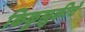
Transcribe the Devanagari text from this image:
किकुझुकीचे